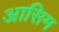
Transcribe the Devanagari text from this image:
आसिम